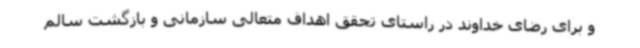
و برای رضای خداوند در راستای تحقق اهداف متعالی سازمانی و بازگشت سالم